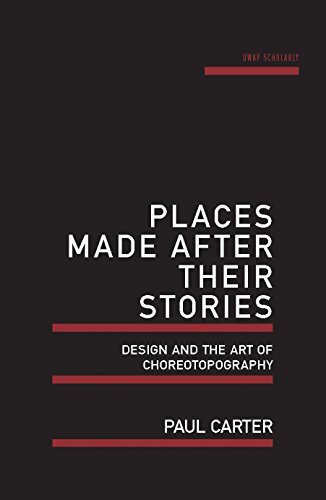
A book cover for Places Made After Their Stories: Design and the art of choreotopography (UWAP Scholarly); Paul Carter; Arts & Photography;